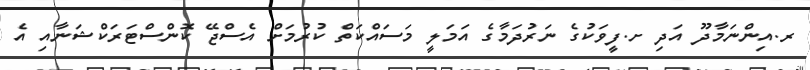
ރ.އިންނަމާދޫ އަދި ށ.ފީވަކުގެ ނަރުދަމާގެ އަމަލީ މަސައްކަތް ކުރުމަށް އެސްޖޭ ކޮންސްޓަރަކްޝަނާއި އެ